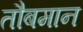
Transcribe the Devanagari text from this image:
तौबमान